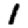
Digit: 1